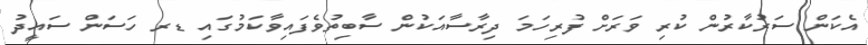
އެކަން ސަރުކާރުން ކުރި ވަރަށް ފުރިހަމަ ދިރާސާއަކުން ސާބިތުވެފައިވާކަމުގައި ޑރ ހަސަން ސައީދު